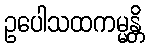
ဥပေါသထကမ္မန္တိ